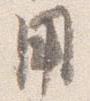
用